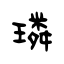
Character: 璘